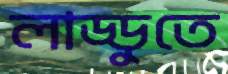
লাড্ডুতে